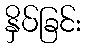
နှိပ်ခြင်း